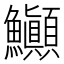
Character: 𬵽